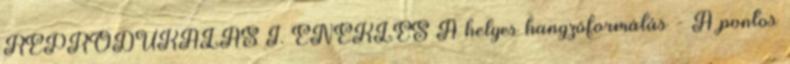
REPRODUKÁLÁS I. ÉNEKLÉS A helyes hangzóformálás - A pontos